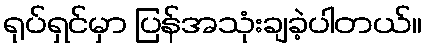
ရုပ်ရှင်မှာ ပြန်အသုံးချခဲ့ပါတယ်။